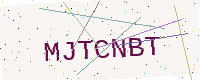
Text: MJTCNBT